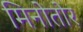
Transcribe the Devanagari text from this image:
मिनोतोर